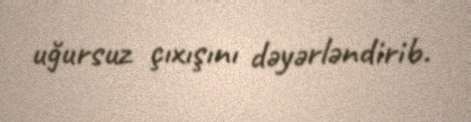
uğursuz çıxışını dəyərləndirib.